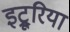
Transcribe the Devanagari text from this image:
इट्रूरिया